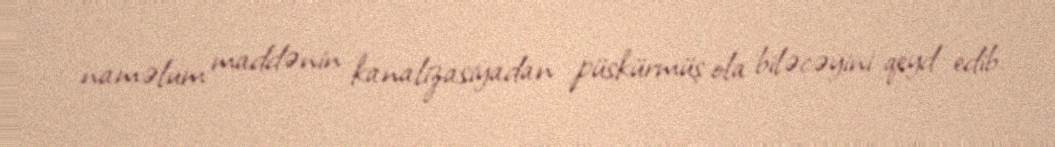
naməlum maddənin kanalizasiyadan püskürmüş ola biləcəyini qeyd edib.